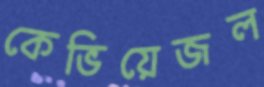
কেভিয়েজল